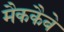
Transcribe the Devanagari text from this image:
मैककैबे